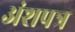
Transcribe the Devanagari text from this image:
अंशपत्र